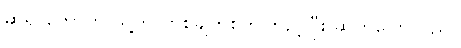
ဆရာတော်က သူ့ကို တစ်ချက်စိုက်ကြည့်ပြီး ဆက်ပြောသည်။